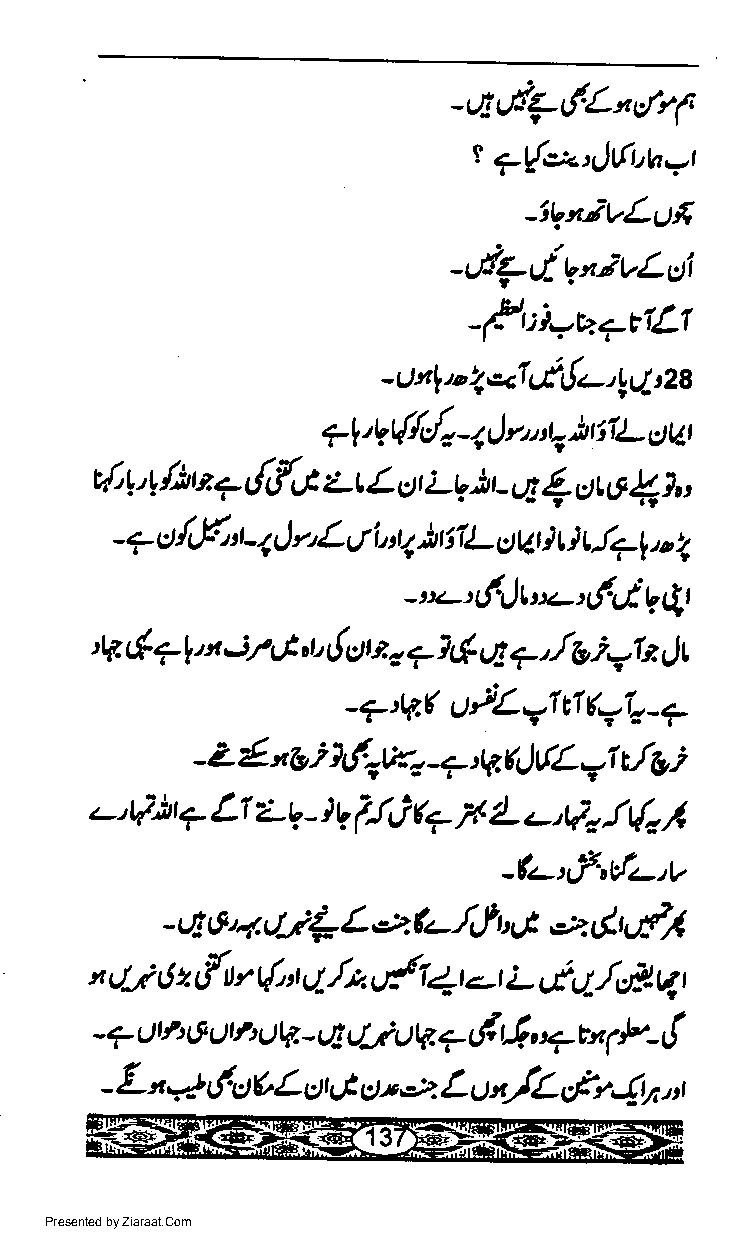
-*c{7dL"lrp
 t
 7t{,2i,.,!6,u=r
 -tl"f;VLUfi
 -'/7,tgn;vLoi
 _/r:i*uTttLt
 rl tt1,, l*.1 tl{c, ll tlo
 -
 t'l
 71'9 $do 4l     ) tiTL ttl
 o
 lin                      (     (},,
 d,1, t  7 d,{6 Lr L u r LV )t - t)r ctto
 - 7 ct i.F' " t- 4) r, L ;r l, :4 )ril L UW ) t ) t !71 u I
 -t'.-'(lttt-'tfutVQt
 j7                      jv|
 g   {
 t[,s$ 7l t t    c)t r c ?, & q ?,/b e Jt
 "t'
 lL
 _?,r?.(     yt tI (?j.
 U            _ +,
 {    j
 Z   *?g V.JE  _a :tt.etlL  r/6.i
 -                        11
 ._,Fh ? Lt Lq _ )t llj q I L      J{o /
 -.,Vo
 -fu--trf'dz-,V
 q &4  ttj+ L'4.Q-,f.It'tJt,* &'-fr(
 -
 x tl-r tJ z r{t r {, :t c7 /* vfi q t.-r L,lq/d- q I
 - 7 U tfi tt Oth Ut4 - A tljrt V. +,1 4, + tn 1P - {
 L  *  6                 s/L,frTq,r
 n    u$L    4 t),,,t L
 -            ur         u
 Presented by Ziaraat.Com